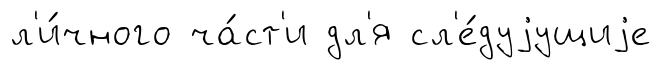
л'и́чного ча́ст'и дл'я сл'е́дуjущиjе